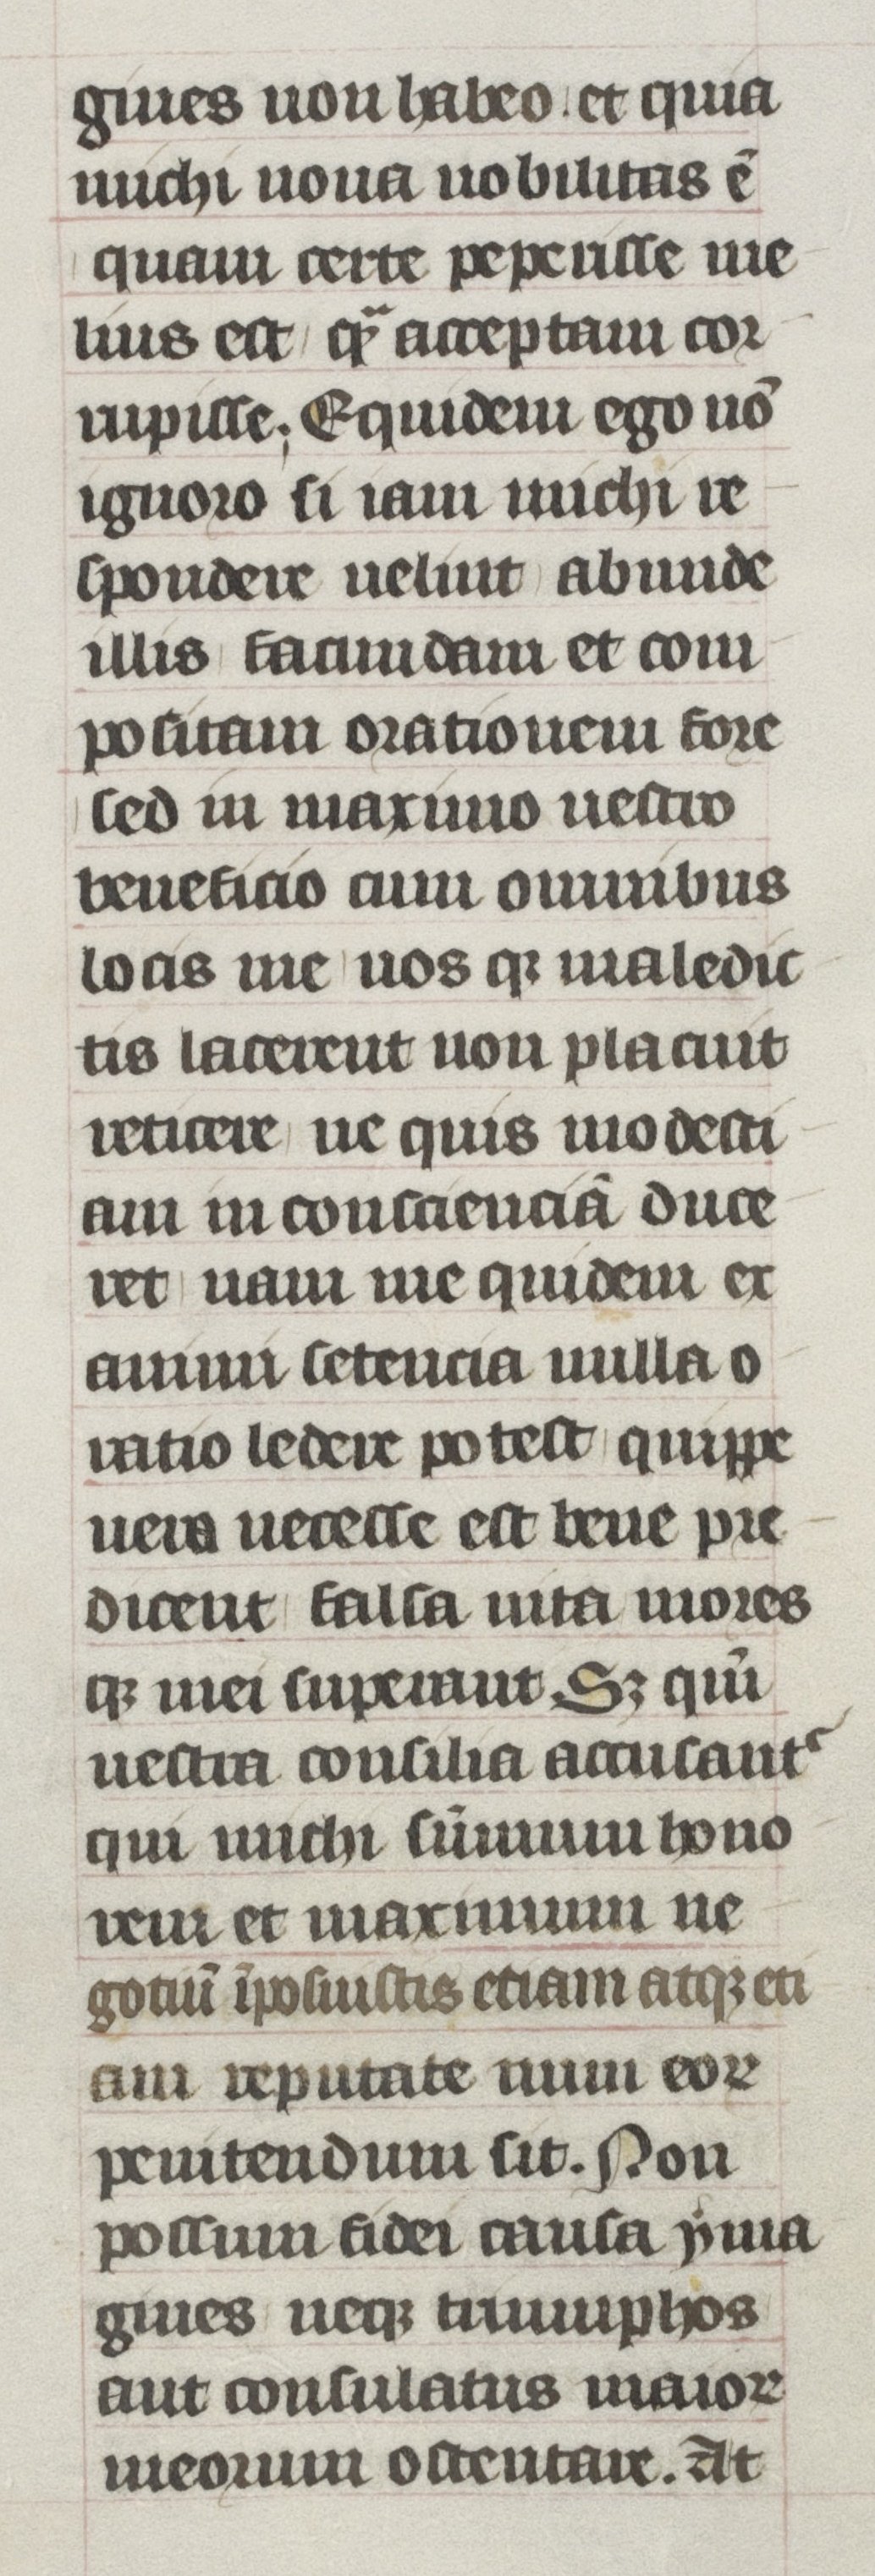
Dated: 1405–1435